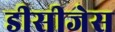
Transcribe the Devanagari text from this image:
डीसीजेस